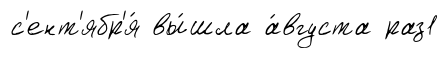
с'ент'ябр'я́ вы́шла а́вгуста раз1